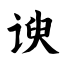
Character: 谀